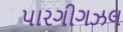
પારગીગઝલ